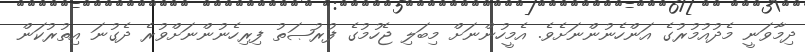
ދިމާވަނީ މެދުއުމުރުގެ އަންހެނުންނަށެވެ. އެމީހުންނަށް މިބަލި ޖެހުމުގެ ފުރުޞަތު ފިރިހެނުންނަށްވުރެ ދެގުނަ އިތުރުކަން